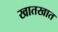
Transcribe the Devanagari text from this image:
खातखात